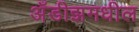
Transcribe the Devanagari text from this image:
अँडीझमधील